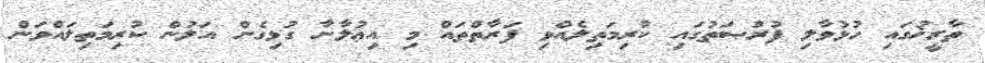
ތާރީޚުގައި ހުޅުވާލި ފުރުޞަތުގައި ކުރިމަތިލެއްވި ފަރާތްތައް މި އިޢުލާނާ ގުޅިގެން އަލުން ކުރިމަތިލައްވަން